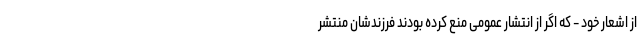
از اشعار خود - که اگر از انتشار عمومی منع کرده بودند فرزندشان منتشر